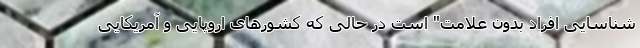
شناسایی افراد بدون علامت" است در حالی که کشورهای اروپایی و آمریکایی